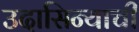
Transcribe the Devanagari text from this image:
उदासिन्याची